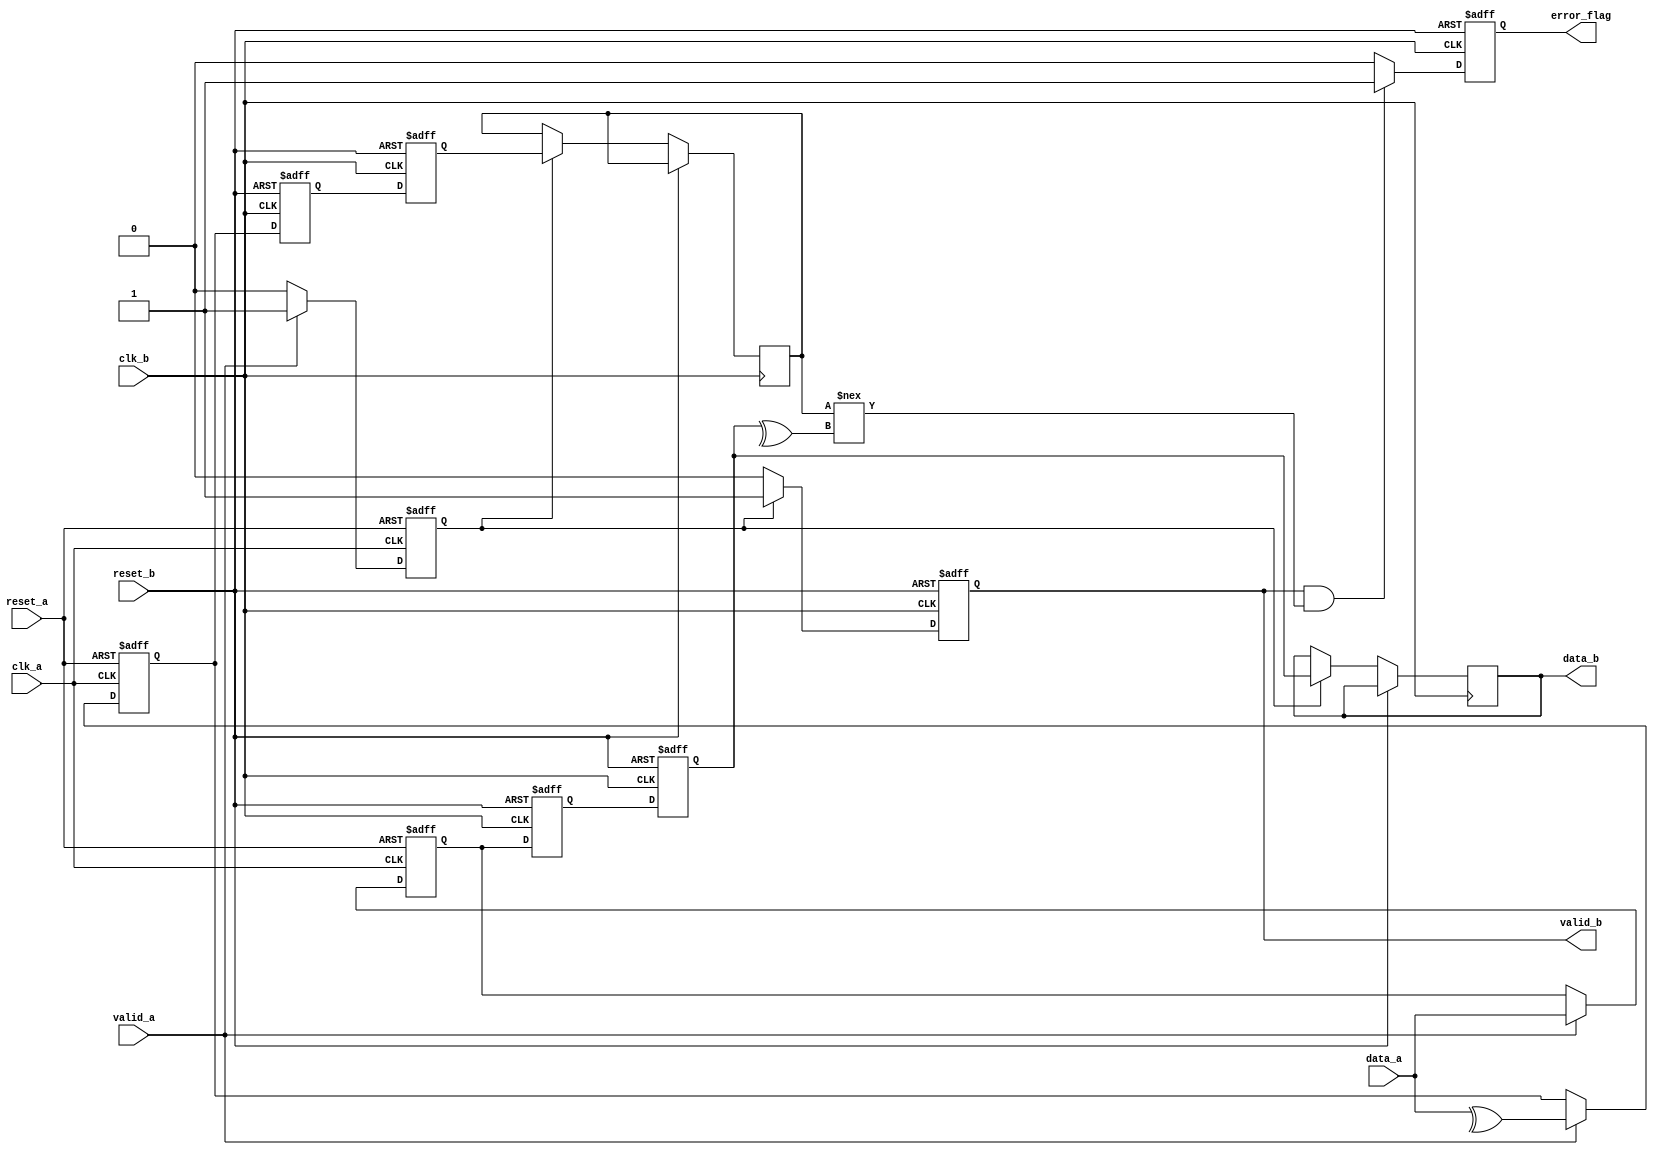
module cdc_with_error_detection #(
    parameter DATA_WIDTH = 8
)(
    input wire clk_a,                  // Clock for Domain A
    input wire clk_b,                  // Clock for Domain B
    input wire reset_a,                // Asynchronous reset for Domain A
    input wire reset_b,                // Asynchronous reset for Domain B
    input wire [DATA_WIDTH-1:0] data_a, // Data input from Domain A
    input wire valid_a,                // Valid signal from Domain A
    output reg [DATA_WIDTH-1:0] data_b, // Synchronized data output for Domain B
    output reg error_flag,             // Error flag output
    output reg valid_b                 // Valid signal for output data in Domain B
);

    // Internal signals
    reg [DATA_WIDTH-1:0] data_a_reg;
    reg parity_bit_a;
    reg parity_bit_b;
    reg valid_a_reg;

    // Generate parity bit in Domain A
    always @(posedge clk_a or posedge reset_a) begin
        if (reset_a) begin
            data_a_reg <= 0;
            parity_bit_a <= 0;
            valid_a_reg <= 0;
        end else if (valid_a) begin
            data_a_reg <= data_a;
            parity_bit_a <= ^data_a; // Calculate parity (even parity)
            valid_a_reg <= 1;
        end else begin
            valid_a_reg <= 0;
        end
    end

    // Dual-flop synchronizer in Domain B
    reg [DATA_WIDTH-1:0] sync_ff1;
    reg [DATA_WIDTH-1:0] sync_ff2;
    reg parity_ff1;
    reg parity_ff2;

    always @(posedge clk_b or posedge reset_b) begin
        if (reset_b) begin
            sync_ff1 <= 0;
            sync_ff2 <= 0;
            parity_ff1 <= 0;
            parity_ff2 <= 0;
            valid_b <= 0;
            error_flag <= 0;
        end else begin
            sync_ff1 <= data_a_reg; // Capture data from Domain A
            parity_ff1 <= parity_bit_a; // Capture parity bit from Domain A
            sync_ff2 <= sync_ff1; // Second flip-flop for synchronization
            parity_ff2 <= parity_ff1; // Second flip-flop for parity

            // Check for valid data and parity
            if (valid_a_reg) begin
                valid_b <= 1;
                data_b <= sync_ff2; // Output synchronized data
                parity_bit_b <= parity_ff2; // Output synchronized parity
            end else begin
                valid_b <= 0;
            end

            // Error detection: Check parity
            if (valid_b && (parity_bit_b !== ^sync_ff2)) begin
                error_flag <= 1; // Parity error detected
            end else begin
                error_flag <= 0; // No error
            end
        end
    end

endmodule